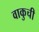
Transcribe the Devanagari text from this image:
वाकुची